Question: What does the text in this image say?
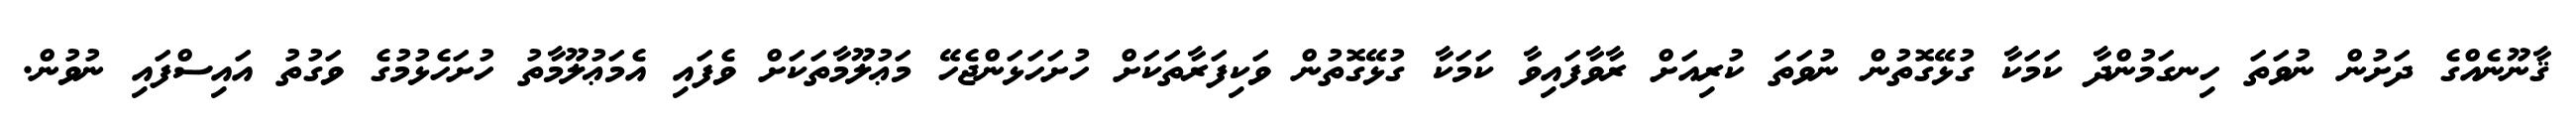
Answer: ޤާނޫނެއްގެ ދަށުން ނުވަތަ ހިނގަމުންދާ ކަމަކާ ގުޅޭގޮތުން ނުވަތަ ކުރިއަށް ރާވާފައިވާ ކަމަކާ ގުޅޭގޮތުން ވަކިފަރާތަކަށް ހުށަހަޅަންޖެހޭ މަޢުލޫމާތަކަށް ވެފައި އެމަޢުލޫމާތު ހުށަހެޅުމުގެ ވަގުތު އައިސްފައި ނުވުން.